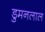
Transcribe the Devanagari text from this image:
डुमनलाल